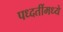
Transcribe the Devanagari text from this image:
पध्दतींमध्ये